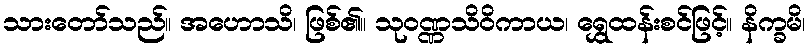
သားတော်သည်။ အဟောသိ၊ ဖြစ်၏။ သုဝဏ္ဏသိဝိကာယ၊ ရွှေထန်းစင်ဖြင့်။ နိက္ခမိ၊